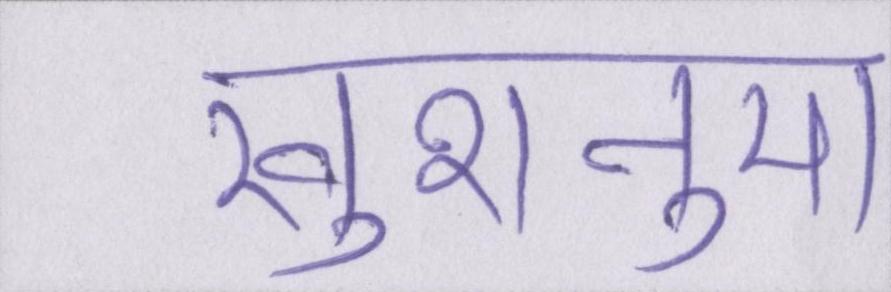
खुशनुमा